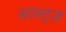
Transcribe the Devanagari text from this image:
साल्ट्ज़